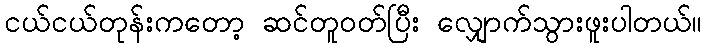
ငယ်ငယ်တုန်းကတော့ ဆင်တူဝတ်ပြီး လျှောက်သွားဖူးပါတယ်။